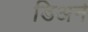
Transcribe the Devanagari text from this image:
डिअने